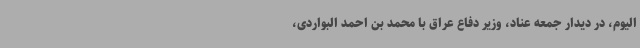
الیوم، در دیدار جمعه عناد، وزیر دفاع عراق با محمد بن احمد البواردی،